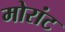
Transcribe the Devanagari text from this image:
मोरांट